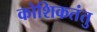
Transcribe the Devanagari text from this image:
कोशिकतंतु